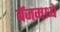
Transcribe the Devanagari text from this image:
बॅजमध्ये